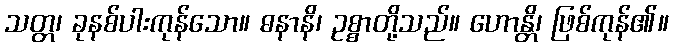
သတ္တ၊ ခုနစ်ပါးကုန်သော။ ဓနာနိ၊ ဥစ္စာတို့သည်။ ဟောန္တိ၊ ဖြစ်ကုန်၏။